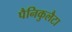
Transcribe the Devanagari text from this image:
पैनिकुलैटा